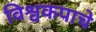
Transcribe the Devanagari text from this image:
विश्वकपाचे